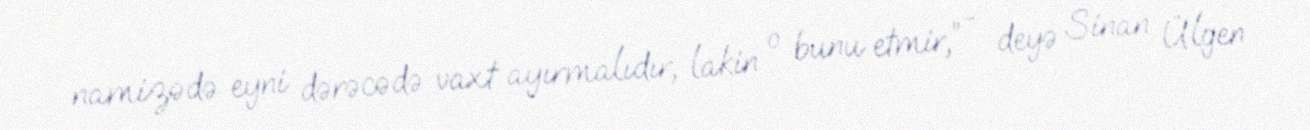
namizədə eyni dərəcədə vaxt ayırmalıdır, lakin o bunu etmir,” - deyə Sinan Ülgen